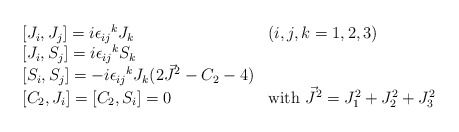
\begin{align*}\begin{array}{ll} {[}J_i, J_j] = i {\epsilon_{ij}}^k J_k & (i,j,k=1,2,3) \\ {[} J_i, S_j ] = i {\epsilon _{ij}}^k S_k & \\ {[} S_i, S_j] = -i {\epsilon _{ij}}^k J_k (2 \vec{J}^2 - C_2 - 4)& \\ {[}C_2, J_i ] = [C_2 , S_i] =0 & \mbox{with } \vec{J}^2 = J^2_1 + J^2_2 + J_3^2 \end{array} \end{align*}